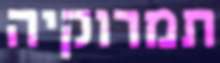
תמרוקיה